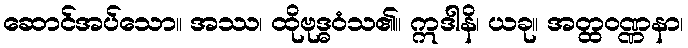
ဆောင်အပ်သော။ အဿ၊ ထိုဗုဒ္ဓဝံသ၏။ ဣဒါနိ၊ ယခု။ အတ္ထဝဏ္ဏနာ၊